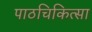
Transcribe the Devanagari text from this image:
पाठचिकित्सा